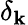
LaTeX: \delta_{\mathbf{k}}